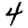
Digit: 4